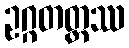
ဥဂ္ဂတတ္တဿ